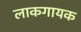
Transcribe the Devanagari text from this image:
लाकगायक